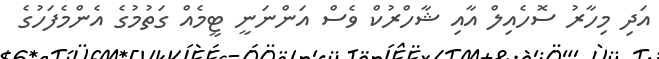
އަދި މިހާރު ސޮހެއިލް އާއި ޝާހްރުކް ވެސް އަންނަނީ ޓީމެއް ގަތުމުގެ އެންމެފަހުގެ